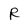
Character: R